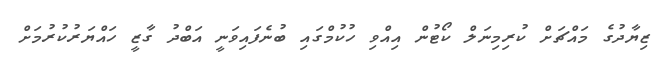
ޒިޔާދުގެ މައްޗަށް ކުރިމިނަލް ކޯޓުން އިއްވި ހުކުމްގައި ބުނެފައިވަނީ އަބްދު ގާޒީ ހައްޔަރުކުރުމަށް